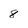
Character: 8